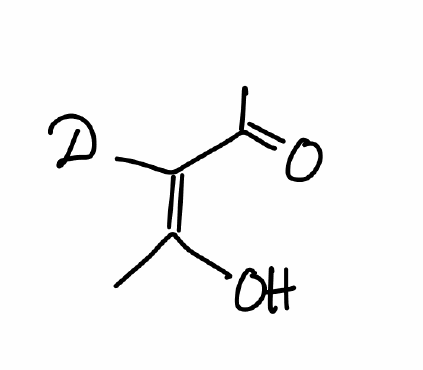
Simplified molecular-input line-entry system (SMILES) notation of the given molecule:
[2H]/C(=C(\C)/O)/C(=O)C